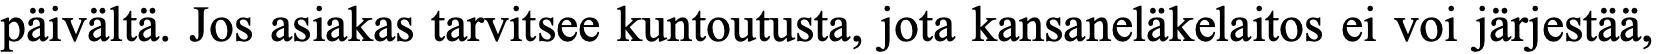
päivältä. Jos asiakas tarvitsee kuntoutusta, jota kansaneläkelaitos ei voi järjestää,